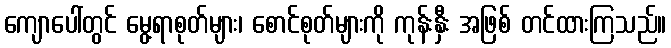
ကျောပေါ်တွင် မွေ့ရာစုတ်များ၊ စောင်စုတ်များကို ကုန်းနှီး အဖြစ် တင်ထားကြသည်။